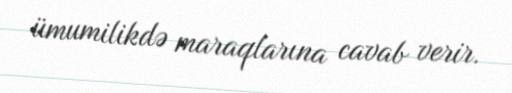
ümumilikdə maraqlarına cavab verir.